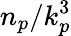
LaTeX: n_{p}/k_{p}^{3}